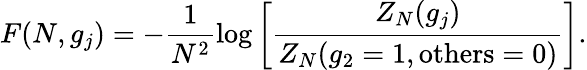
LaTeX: F(N,g_{j})=-\frac{1}{N^{2}}\log\left[\frac{Z_{N}(g_{j})}{Z_{N}(g_{2}=1,\mathrm{others}=0)}\right].